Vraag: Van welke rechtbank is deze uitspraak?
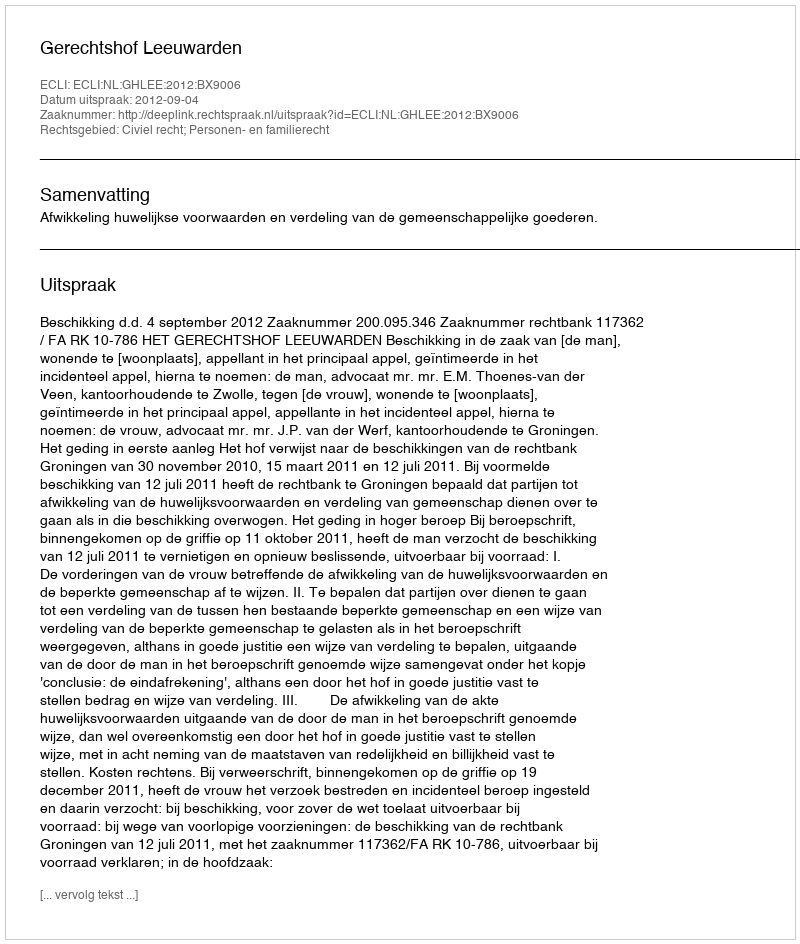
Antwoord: Gerechtshof Leeuwarden